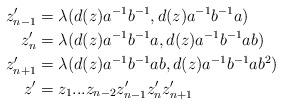
LaTeX: \begin{align*}z_{n-1}'&=\lambda(d(z)a^{-1}b^{-1}, d(z)a^{-1}b^{-1}a) \\z_n'&=\lambda(d(z)a^{-1}b^{-1}a, d(z)a^{-1}b^{-1}ab) \\z_{n+1}'&=\lambda(d(z)a^{-1}b^{-1}ab, d(z)a^{-1}b^{-1}ab^2)\\z'&=z_1...z_{n-2}z_{n-1}'z_n'z_{n+1}'\end{align*}